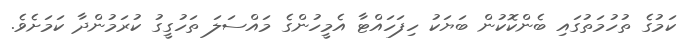
ކަމުގެ ތުހުމަތުގައި ބެންކޮކުން ބަޔަކު ހިފަހައްޓާ އެމީހުންގެ މައްސަލަ ތަހުގީގު ކުރަމުންދާ ކަމަށެވެ.